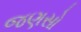
જણસો